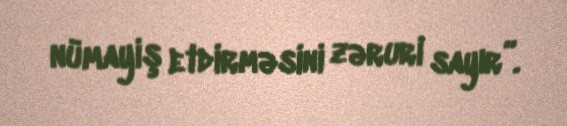
nümayiş etdirməsini zəruri sayır”.